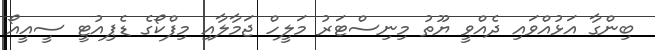
ބިންގާ އަޅުއްވައި ދެއްވީ ޔޫތު މިނިސްޓަރު މަލީހް ޖަމާލާއި މިފްކޯގެ ޑެޕިއުޓީ ސީއީއޯ